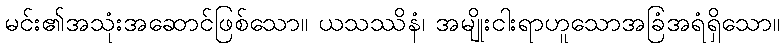
မင်း၏အသုံးအဆောင်ဖြစ်သော။ ယသဿိနံ၊ အမျိုးငါးရာဟူသောအခြံအရံရှိသော။